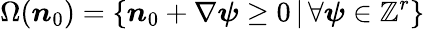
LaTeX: \Omega(\boldsymbol n_{0})=\{ \boldsymbol n_{0}+\nabla\boldsymbol\psi\geq 0\, |\, \forall\boldsymbol\psi\in{\mathbb Z}^{r}\}